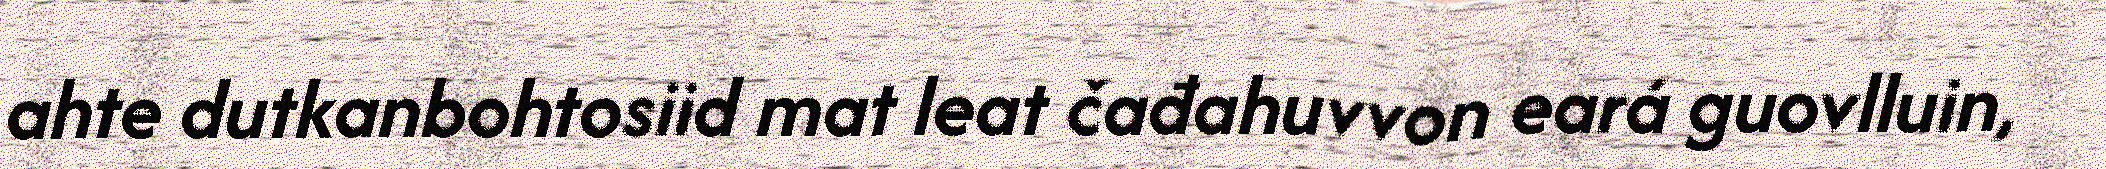
ahte dutkanbohtosiid mat leat čađahuvvon eará guovlluin,